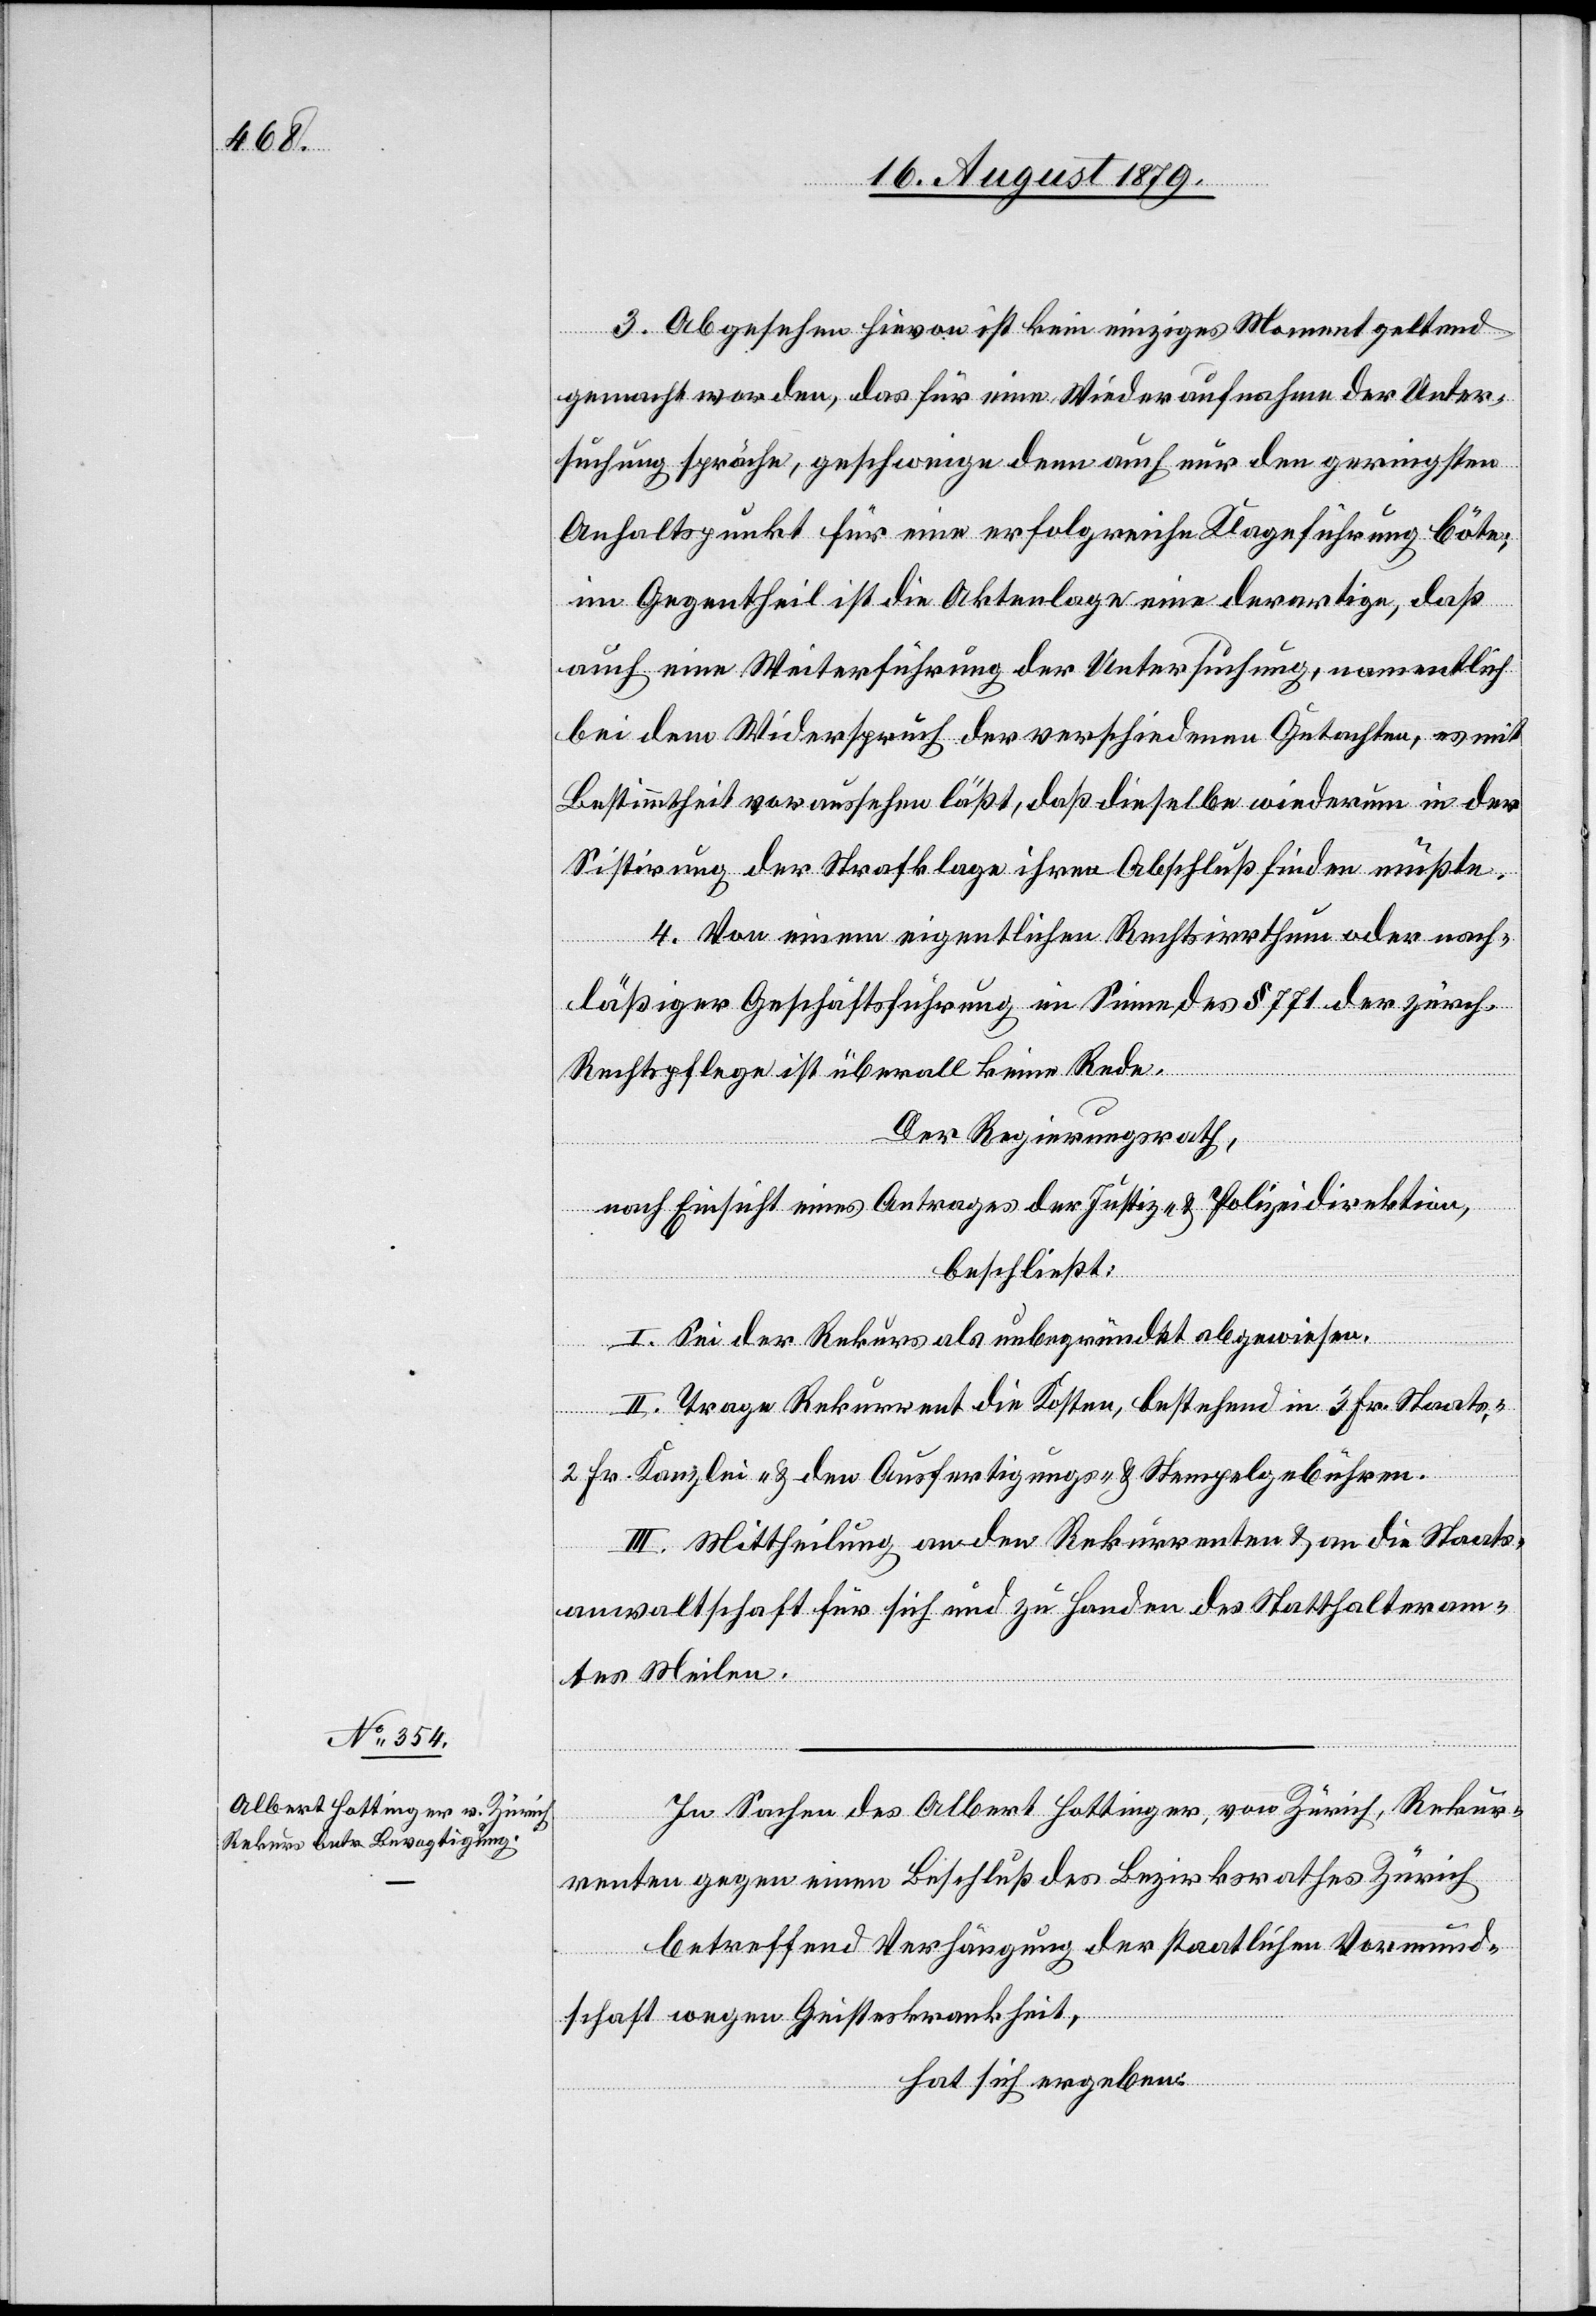
3. Abgesehen hievon ist kein einziges Moment geltend
gemacht worden, das für eine Wiederaufnahme der Unter¬
suchung spräche, geschweige denn auch nur den geringsten
Anhaltspunkt für eine erfolgreiche Klageführung böte;
im Gegentheil ist die Aktenlage eine derartige, daß
auch eine Weiterführung der Untersuchung, namentlich
bei dem Widerspruch der verschiedenen Gutachten, es mit
Bestimmtheit voraussehen läßt, daß dieselbe wiederum in der
Sistirung der Strafklage ihren Abschluß finden müßte.
4. Von einem eigentlichen Rechtsirrthum oder nach¬
lässiger Geschäftsführung im Sinne des § 771 der zürch.
Rechtspflege ist überall keine Rede.
Der Regierungsrath,
nach Einsicht eines Antrages der Justiz- & Polizeidirektion,
beschließt:
I. Sei der Rekurs als unbegründet abgewiesen.
II. Trage Rekurrent die Kosten, bestehend in 3 Fr. Staat-,
2 Fr. Kanzlei- & den Ausfertigungs- und Stempelgebühren.
III. Mittheilung an den Rekurrenten & an die Staats¬
anwaltschaft für sich und zu Handen des Statthalteram¬
tes Meilen.
In Sachen des Albert Hottinger, von Zürich, Rekur¬
renten gegen einen Beschluß des Bezirksrathes Zürich,
betreffend Verhängung der staatlichen Vormund¬
schaft wegen Geisteskrankheit,
hat sich ergeben: